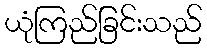
ယုံကြည်ခြင်းသည်